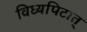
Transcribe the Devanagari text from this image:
विध्यपिटात्